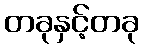
တခုနှင့်တခု